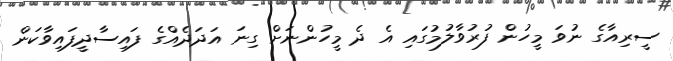
ސީރިއާގެ ނުވަ މީހުން ފުރުވާލުމުގައި އެ ދެ މީހުންނަށް ގިނަ އަދަދެއްގެ ފައިސާދީފައިވާކަން